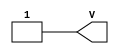
module VCC_2 (output V);
   assign V = 1'b1;
endmodule